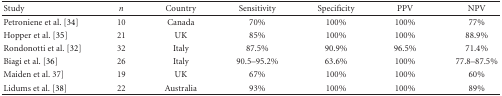
| Study | n | Country | Sensitivity | Specificity | PPV | NPV |
 | --- | --- | --- | --- | --- | --- | --- |
 | Petroniene et al. [34] | 10 | Canada | 70% | 100% | 100% | 77% |
 | Hopper et al. [35] | 21 | UK | 85% | 100% | 100% | 88.9% |
 | Rondonotti et al. [32] | 32 | Italy | 87.5% | 90.9% | 96.5% | 71.4% |
 | Biagi et al. [36] | 26 | Italy | 90.5–95.2% | 63.6% | 100% | 77.8–87.5% |
 | Maiden et al. 37] | 19 | UK | 67% | 100% | 100% | 60% |
 | Lidums et al. [38] | 22 | Australia | 93% | 100% | 100% | 89% |